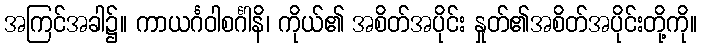
အကြင်အခါ၌။ ကာယင်္ဂဝါစင်္ဂါနိ၊ ကိုယ်၏ အစိတ်အပိုင်း နှုတ်၏အစိတ်အပိုင်းတို့ကို။